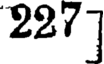
227